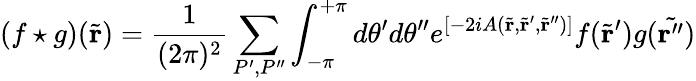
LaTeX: (f\star g)(\tilde{\mathbf r})=\frac{1}{(2\pi)^{2}}\sum_{P^{\prime},P^{\prime\prime}}\int_{-\pi}^{+\pi}d\theta^{\prime}d\theta^{\prime\prime}e^{[-2iA(\tilde{\mathbf r},\tilde{\mathbf r}^{\prime},\tilde{\mathbf r}^{\prime\prime})]}f(\tilde{\mathbf r}^{\prime})g(\tilde{\mathbf r^{\prime\prime}})